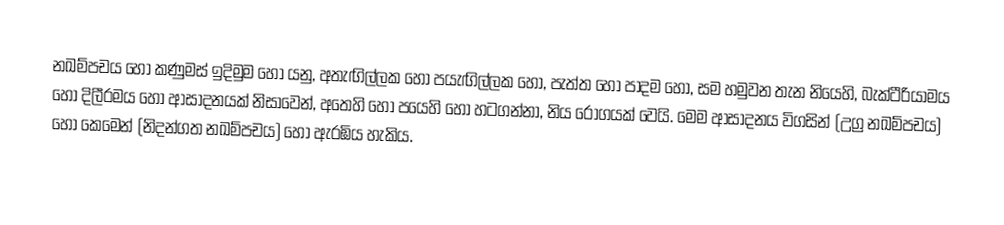
නඛම්පචය හෝ කණුමස් ඉදිමුම හෝ යනු, අතැඟිල්ලක හෝ පයැඟිල්ලක හෝ,  පැත්ත හෝ පාදම හෝ,  සම හමුවන තැන නියෙහි,  බැක්ටීරියාමය හෝ දිලීරමය හෝ ආසාදනයක් නිසාවෙන්, අතෙහි හෝ පයෙහි හෝ හටගන්නා, නිය රෝගයක් වෙයි. මෙම ආසාදනය විගසින් (උග්‍ර නඛම්පචය) හෝ කෙමෙන් (නිදන්ගත නඛම්පචය) හෝ ඇරඹිය හැකිය.